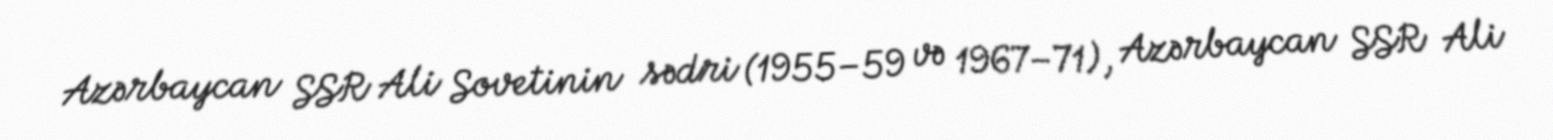
Azərbaycan SSR Ali Sovetinin sədri (1955–59 və 1967–71), Azərbaycan SSR Ali